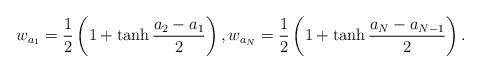
LaTeX: \begin{align*} w_{a_1} = \frac{1}{2} \left( 1 + \tanh \frac{a_2 - a_1}{2}\right), w_{a_N} = \frac{1}{2} \left( 1 + \tanh \frac{a_N - a_{N-1}}{2} \right). \end{align*}